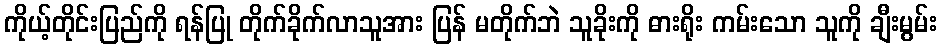
ကိုယ့်တိုင်းပြည်ကို ရန်ပြု တိုက်ခိုက်လာသူအား ပြန် မတိုက်ဘဲ သူခိုးကို ဓားရိုး ကမ်းသော သူကို ချီးမွမ်း